Civil Veterinary Dept. Bombay admin report 1932-41 - 1932-1941
Year: 1932
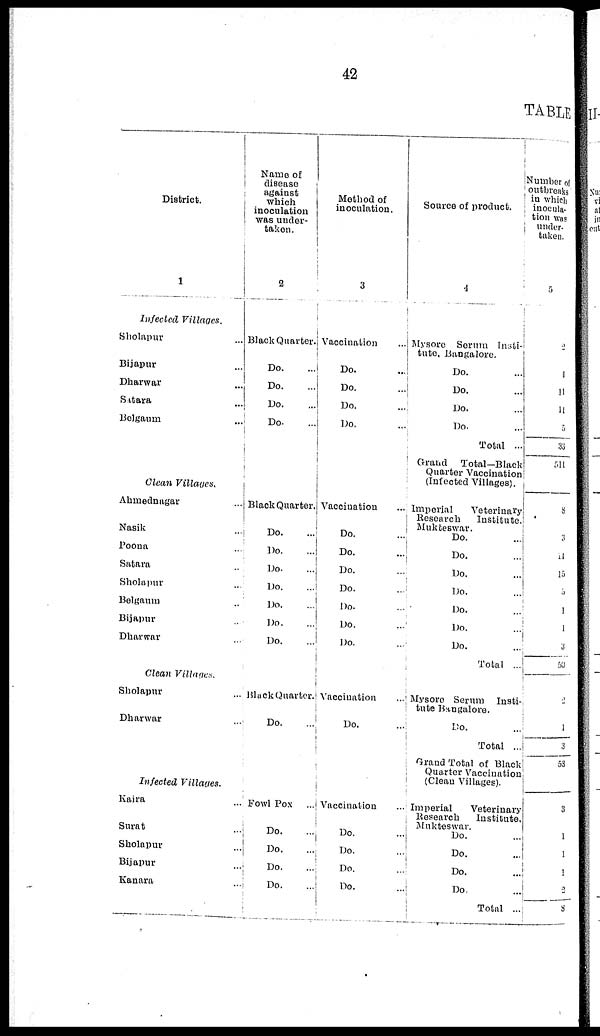
42
TABLE
District.
1
Infected Villages.
Sholapur ...
Bijapur ...
Dharwar ...
Satara ...
Belgaum ...
Clean Villages.
Ahmednagar ...
Nasik ...
Poona ...
Satara ...
Sholapur ...
Belgaum ...
Bijapur ...
Dharwar ...
Clean Villages.
Sholapur ...
Dharwar ...
Infected
Villages.
Kaira ...
Surat ...
Sholapur ...
Bijapur ...
Kanara ...
Name of
disease
against
which
inoculation
was under-
taken.
2
Black Quarter.
Do. ...
Do.
...
Do. ...
Do. ...
Black Quarter.
Do. ...
Do.
...
Do.
...
Do.
...
Do. ...
Do.
...
Do.
...
BlackQuarter.
Do.
...
Fowl Pox
Do. ...
Do. ...
Do. ...
Do. ...
Method of
inoculation.
3
Vaccination ...
Do. ...
Do. ...
Do. ...
Do. ...
Vaccination
Do. ...
Do. ...
Do. ...
Do. ...
Do. ...
Do. ...
Do. ...
Vaccination
Do. ...
Vaccination
Do. ...
Do. ...
Do. ...
Do. ...
Source of product.
4
Mysore Serum Insti-
tute, Bangalore.
Do. ...
Do. ...
Do. ...
Do. ...
Total ...
Grand
Total-Black
Quarter Vaccination
(Infected Villages).
Imperial
Veterinary
Research
Institute,
Mukteswar.
Do. ...
Do. ...
Do. ...
Do. ...
Do. ...
Do. ...
Do. ...
Total ...
Mysore Serum Insti-
tute Bangalore.
Do.
...
Total ...
Grand Total of Black
Quarter Vaccination
(Clean Villages).
Imperial Veterinary
Research
Institute
Mukteswar.
Do. ...
Do. ...
Do. ...
Do. ...
Total ...
Number of
outbreaks
in which
inocula-
tion was
under-
taken.
5
2
1
11
11
5
33
511
8
3
14
15
5
1
1
3
50
2
1
3
53
3
1
1
1
2
8